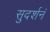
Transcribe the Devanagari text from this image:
सुदर्शनं